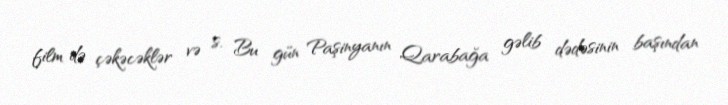
film də çəkəcəklər və s. Bu gün Paşinyanın Qarabağa gəlib dədəsinin başından